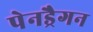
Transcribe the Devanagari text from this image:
पेनड्रैगन